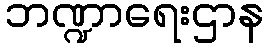
ဘဏ္ဍာရေးဌာန